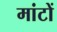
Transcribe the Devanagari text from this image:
मांटों